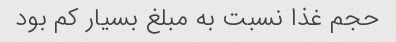
حجم غذا نسبت به مبلغ بسیار کم بود